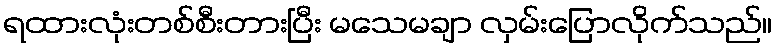
ရထားလုံးတစ်စီးတားပြီး မသေမချာ လှမ်းပြောလိုက်သည်။